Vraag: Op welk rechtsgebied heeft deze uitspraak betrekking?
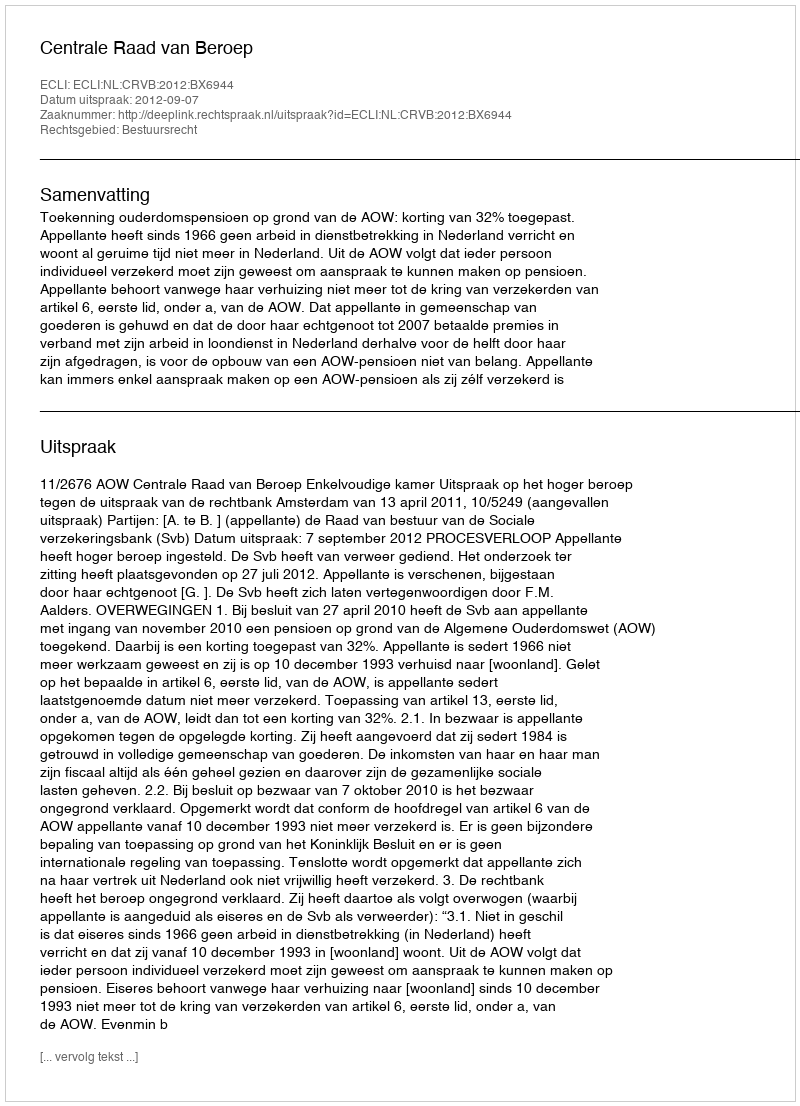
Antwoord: Bestuursrecht